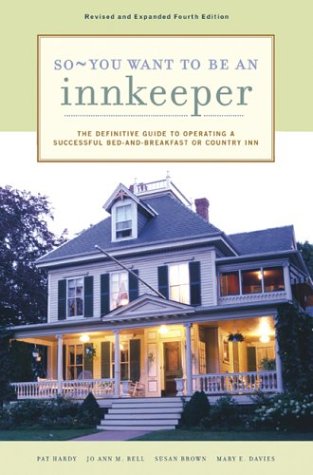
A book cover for So - You Want to Be an Innkeeper; Jo Ann M. Bell; Travel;